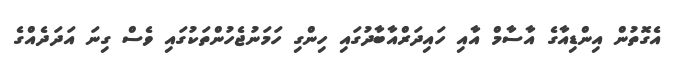
އެގޮތުން އިންޑިއާގެ އާސާމް އާއި ހައިދަރްއާބާދުގައި ހިންގި ހަމަނުޖެހުންތަކުގައި ވެސް ގިނަ އަދަދެއްގެ